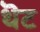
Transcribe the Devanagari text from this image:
थॆट